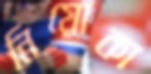
নিয়োকা